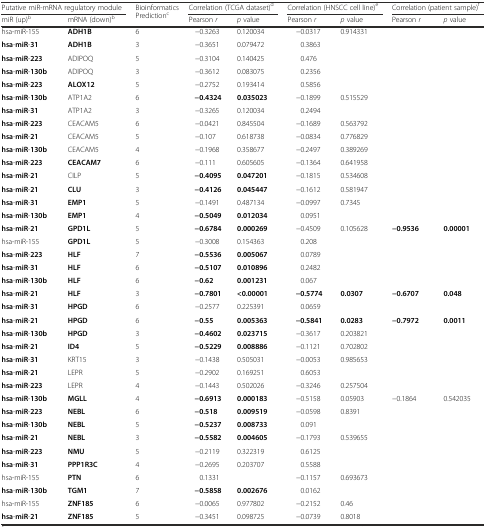
<table><thead><tr><td colspan="2"><b>Putative miR-mRNA regulatory module</b></td><td rowspan="2"><b>Bioinformatics Prediction<sup>c</sup></b></td><td colspan="2"><b>Correlation (TCGA dataset)<sup>d</sup></b></td><td colspan="2"><b>Correlation (HNSCC cell line)<sup>e</sup></b></td><td colspan="2"><b>Correlation (patient sample)<sup>f</sup></b></td></tr><tr><td><b>miR (up)<sup>b</sup></b></td><td><b>mRNA (down)<sup>b</sup></b></td><td><b>Pearson <i>r</i></b></td><td><b><i>p</i> value</b></td><td><b>Pearson <i>r</i></b></td><td><b><i>p</i> value</b></td><td><b>Pearson <i>r</i></b></td><td><b><i>p</i> value</b></td></tr></thead><tbody><tr><td>hsa-miR-155</td><td><b>ADH1B</b></td><td>6</td><td>−0.3263</td><td>0.120034</td><td>−0.0317</td><td>0.914331</td><td></td><td></td></tr><tr><td><b>hsa</b>-<b>miR</b>-<b>31</b></td><td><b>ADH1B</b></td><td>3</td><td>−0.3651</td><td>0.079472</td><td>0.3863</td><td></td><td></td><td></td></tr><tr><td><b>hsa</b>-<b>miR</b>-<b>223</b></td><td>ADIPOQ</td><td>5</td><td>−0.3104</td><td>0.140425</td><td>0.476</td><td></td><td></td><td></td></tr><tr><td><b>hsa</b>-<b>miR</b>-<b>130b</b></td><td>ADIPOQ</td><td>3</td><td>−0.3612</td><td>0.083075</td><td>0.2356</td><td></td><td></td><td></td></tr><tr><td><b>hsa</b>-<b>miR</b>-<b>223</b></td><td><b>ALOX12</b></td><td>5</td><td>−0.2752</td><td>0.193414</td><td>0.5856</td><td></td><td></td><td></td></tr><tr><td><b>hsa</b>-<b>miR</b>-<b>130b</b></td><td>ATP1A2</td><td>6</td><td><b>−0.4324</b></td><td><b>0.035023</b></td><td>−0.1899</td><td>0.515529</td><td></td><td></td></tr><tr><td><b>hsa</b>-<b>miR</b>-<b>31</b></td><td>ATP1A2</td><td>3</td><td>−0.3265</td><td>0.120034</td><td>0.2494</td><td></td><td></td><td></td></tr><tr><td><b>hsa</b>-<b>miR</b>-<b>223</b></td><td>CEACAM5</td><td>6</td><td>−0.0421</td><td>0.845504</td><td>−0.1689</td><td>0.563792</td><td></td><td></td></tr><tr><td><b>hsa</b>-<b>miR</b>-<b>21</b></td><td>CEACAM5</td><td>5</td><td>−0.107</td><td>0.618738</td><td>−0.0834</td><td>0.776829</td><td></td><td></td></tr><tr><td><b>hsa</b>-<b>miR</b>-<b>130b</b></td><td>CEACAM5</td><td>4</td><td>−0.1968</td><td>0.358677</td><td>−0.2497</td><td>0.389269</td><td></td><td></td></tr><tr><td><b>hsa</b>-<b>miR</b>-<b>223</b></td><td><b>CEACAM7</b></td><td>6</td><td>−0.111</td><td>0.605605</td><td>−0.1364</td><td>0.641958</td><td></td><td></td></tr><tr><td><b>hsa</b>-<b>miR</b>-<b>21</b></td><td>CILP</td><td>5</td><td><b>−0.4095</b></td><td><b>0.047201</b></td><td>−0.1815</td><td>0.534608</td><td></td><td></td></tr><tr><td><b>hsa</b>-<b>miR</b>-<b>21</b></td><td><b>CLU</b></td><td>3</td><td><b>−0.4126</b></td><td><b>0.045447</b></td><td>−0.1612</td><td>0.581947</td><td></td><td></td></tr><tr><td><b>hsa</b>-<b>miR</b>-<b>31</b></td><td><b>EMP1</b></td><td>5</td><td>−0.1491</td><td>0.487134</td><td>−0.0997</td><td>0.7345</td><td></td><td></td></tr><tr><td><b>hsa</b>-<b>miR</b>-<b>130b</b></td><td><b>EMP1</b></td><td>4</td><td><b>−0.5049</b></td><td><b>0.012034</b></td><td>0.0951</td><td></td><td></td><td></td></tr><tr><td><b>hsa</b>-<b>miR</b>-<b>21</b></td><td><b>GPD1L</b></td><td>5</td><td><b>−0.6784</b></td><td><b>0.000269</b></td><td>−0.4509</td><td>0.105628</td><td><b>−0.9536</b></td><td><b>0.00001</b></td></tr><tr><td>hsa-miR-155</td><td><b>GPD1L</b></td><td>5</td><td>−0.3008</td><td>0.154363</td><td>0.208</td><td></td><td></td><td></td></tr><tr><td><b>hsa</b>-<b>miR</b>-<b>223</b></td><td><b>HLF</b></td><td>7</td><td><b>−0.5536</b></td><td><b>0.005067</b></td><td>0.0789</td><td></td><td></td><td></td></tr><tr><td><b>hsa</b>-<b>miR</b>-<b>31</b></td><td><b>HLF</b></td><td>6</td><td><b>−0.5107</b></td><td><b>0.010896</b></td><td>0.2482</td><td></td><td></td><td></td></tr><tr><td><b>hsa</b>-<b>miR</b>-<b>130b</b></td><td><b>HLF</b></td><td>6</td><td><b>−0.62</b></td><td><b>0.001231</b></td><td>0.067</td><td></td><td></td><td></td></tr><tr><td><b>hsa</b>-<b>miR</b>-<b>21</b></td><td><b>HLF</b></td><td>3</td><td><b>−0.7801</b></td><td><b>&lt;0.00001</b></td><td><b>−0.5774</b></td><td><b>0.0307</b></td><td><b>−0.6707</b></td><td><b>0.048</b></td></tr><tr><td><b>hsa</b>-<b>miR</b>-<b>31</b></td><td><b>HPGD</b></td><td>6</td><td>−0.2577</td><td>0.225391</td><td>0.0659</td><td></td><td></td><td></td></tr><tr><td><b>hsa</b>-<b>miR</b>-<b>21</b></td><td><b>HPGD</b></td><td>6</td><td><b>−0.55</b></td><td><b>0.005363</b></td><td><b>−0.5841</b></td><td><b>0.0283</b></td><td><b>−0.7972</b></td><td><b>0.0011</b></td></tr><tr><td><b>hsa</b>-<b>miR</b>-<b>130b</b></td><td><b>HPGD</b></td><td>3</td><td><b>−0.4602</b></td><td><b>0.023715</b></td><td>−0.3617</td><td>0.203821</td><td></td><td></td></tr><tr><td><b>hsa</b>-<b>miR</b>-<b>21</b></td><td><b>ID4</b></td><td>5</td><td><b>−0.5229</b></td><td><b>0.008886</b></td><td>−0.1121</td><td>0.702802</td><td></td><td></td></tr><tr><td><b>hsa</b>-<b>miR</b>-<b>31</b></td><td>KRT15</td><td>3</td><td>−0.1438</td><td>0.505031</td><td>−0.0053</td><td>0.985653</td><td></td><td></td></tr><tr><td><b>hsa</b>-<b>miR</b>-<b>21</b></td><td>LEPR</td><td>5</td><td>−0.2902</td><td>0.169251</td><td>0.6053</td><td></td><td></td><td></td></tr><tr><td><b>hsa</b>-<b>miR</b>-<b>223</b></td><td>LEPR</td><td>4</td><td>−0.1443</td><td>0.502026</td><td>−0.3246</td><td>0.257504</td><td></td><td></td></tr><tr><td><b>hsa</b>-<b>miR</b>-<b>130b</b></td><td><b>MGLL</b></td><td>4</td><td><b>−0.6913</b></td><td><b>0.000183</b></td><td>−0.5158</td><td>0.05903</td><td>−0.1864</td><td>0.542035</td></tr><tr><td><b>hsa</b>-<b>miR</b>-<b>223</b></td><td><b>NEBL</b></td><td>6</td><td><b>−0.518</b></td><td><b>0.009519</b></td><td>−0.0598</td><td>0.8391</td><td></td><td></td></tr><tr><td><b>hsa</b>-<b>miR</b>-<b>130b</b></td><td><b>NEBL</b></td><td>5</td><td><b>−0.5237</b></td><td><b>0.008733</b></td><td>0.091</td><td></td><td></td><td></td></tr><tr><td><b>hsa</b>-<b>miR</b>-<b>21</b></td><td><b>NEBL</b></td><td>3</td><td><b>−0.5582</b></td><td><b>0.004605</b></td><td>−0.1793</td><td>0.539655</td><td></td><td></td></tr><tr><td><b>hsa</b>-<b>miR</b>-<b>223</b></td><td><b>NMU</b></td><td>5</td><td>−0.2119</td><td>0.322319</td><td>0.6125</td><td></td><td></td><td></td></tr><tr><td><b>hsa</b>-<b>miR</b>-<b>31</b></td><td><b>PPP1R3C</b></td><td>4</td><td>−0.2695</td><td>0.203707</td><td>0.5588</td><td></td><td></td><td></td></tr><tr><td>hsa-miR-155</td><td><b>PTN</b></td><td>6</td><td>0.1331</td><td></td><td>−0.1157</td><td>0.693673</td><td></td><td></td></tr><tr><td><b>hsa</b>-<b>miR</b>-<b>130b</b></td><td><b>TGM1</b></td><td>7</td><td><b>−0.5858</b></td><td><b>0.002676</b></td><td>0.0162</td><td></td><td></td><td></td></tr><tr><td>hsa-miR-155</td><td><b>ZNF185</b></td><td>6</td><td>−0.0065</td><td>0.977802</td><td>−0.2152</td><td>0.46</td><td></td><td></td></tr><tr><td><b>hsa</b>-<b>miR</b>-<b>21</b></td><td><b>ZNF185</b></td><td>5</td><td>−0.3451</td><td>0.098725</td><td>−0.0739</td><td>0.8018</td><td></td><td></td></tr></tbody></table>